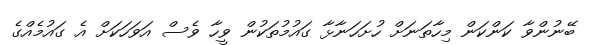
ބޭނުންވާ ކަންކަން މިހާތަނަށް ހުށަހަނާޅާ ގައުމުތަކުން ވީހާ ވެސް އަވަހަކަށް އެ ގައުމެއްގެ